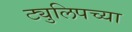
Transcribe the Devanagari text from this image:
ट्युलिपच्या